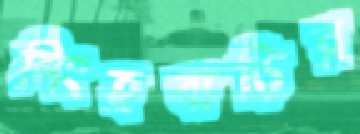
সিংহবাড়ির